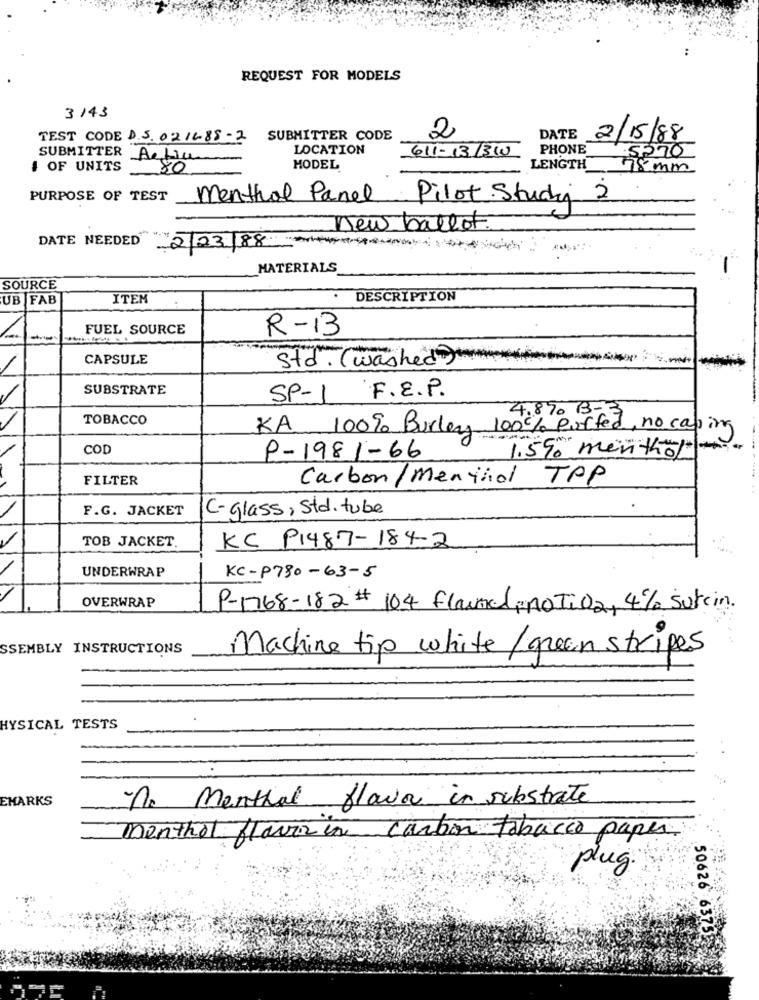
REQUEST FOR MODELS
3 143
DATE
TEST CODE D.S. 021488 -2 SUBMITTER CODE
2
2/15/88
LOCATION
611-13/310
PHONE
5570
SUBMITTER Actin
# OF UNITS
80
MODEL
LENGTH
78 mm
PURPOSE OF TEST
menthol Panel
Pilot Study
new ballot.
DATE NEEDED
22/23/88
MATERIALS
SOURCE
UB FAB
ITEM
DESCRIPTION
FUEL SOURCE
R-13
-
CAPSULE
Std . (washed)
SUBSTRATE
SP-1 F.E.P.
TOBACCO
4.890 B-
KA 100% Burley 100% puffed, no casing
COD
1.5% menthol
P-1981-66
FILTER
Carbon/Menthol TPP
F.G. JACKET
C-glass, Std. tube
TOB JACKET.
KC P1487-184-2
UNDERWRAP
KC-P780-63-5
OVERWRAP
P-1768-182# 104 flamel ino Ti 02, 4% surcin.
SSEMBLY INSTRUCTIONS
Machine tip white/ green stripes
HYSICAL TESTS
EMARKS
No Menthal flavou in substrate
menthol flavor in carbon tabacco paper
plug.
50626 6375